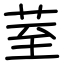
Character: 荎